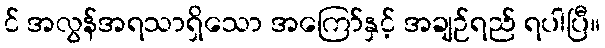
င် အလွန်အရသာရှိသော အကြော်နှင့် အချဉ်ရည် ရပါပြီ။